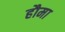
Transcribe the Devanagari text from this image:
हौमा